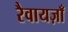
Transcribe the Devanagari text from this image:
रैवायज़ाँ